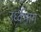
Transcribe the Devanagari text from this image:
उर्ध्वभाग